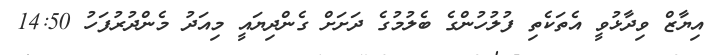
އިޔާޒް ވިދާޅުވީ އެތަކެތި ފުލުހުންގެ ބެލުމުގެ ދަށަށް ގެންދިޔައީ މިއަދު މެންދުރުފަހު 14:50